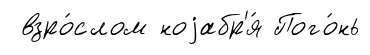
взро́слом ноjабр'я́ Пого́нь